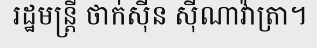
រដ្ឋមន្ត្រី ថាក់ស៊ីន ស៊ីណាវ៉ាត្រា។